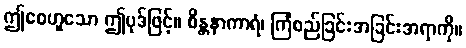
ဤဧဝဟူသော ဤပုဒ်ဖြင့်။ စိန္တနာကာရံ၊ ကြံစည်ခြင်းအခြင်းအရာကို။